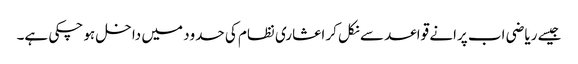
جیسے ریاضی اب پرانے قواعد سے نکل کر اعشاری نظام کی حدود میں داخل ہو چکی ہے۔